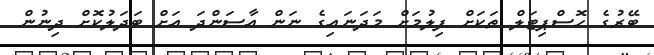
ބޭރުގެ ހޮސްޕިޓަލް ތަކަށް ފިލުމަށް މަދަނައިގެ ނަން އާސަންދަ އަށް ބަދަލުކޮށް ދިނުން